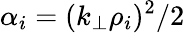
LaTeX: \alpha_{i}=(k_{\perp}\rho_{i})^{2}/2